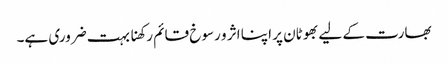
بھارت کے لیے بھوٹان پر اپنا اثر و رسوخ قائم رکھنا بہت ضروری ہے۔